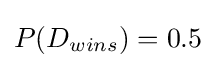
P(D_{wins})=0.5